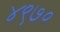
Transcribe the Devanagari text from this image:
४९७०